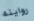
روايته